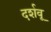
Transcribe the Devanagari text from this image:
दर्शवू